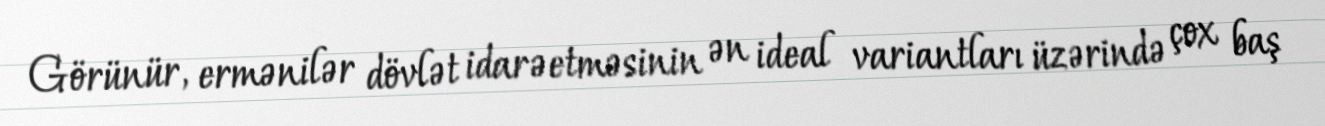
Görünür, ermənilər dövlət idarəetməsinin ən ideal variantları üzərində çox baş